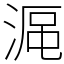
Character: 𣸰